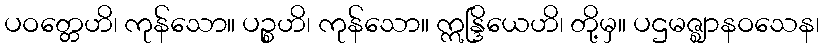
ပဝတ္တေဟိ၊ ကုန်သော။ ပဉ္စဟိ၊ ကုန်သော။ ဣန္ဒြိယေဟိ၊ တို့မှ။ ပဌမဇ္ဈာနဝသေန၊